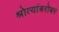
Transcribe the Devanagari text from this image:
श्रोत्यांबरोबर